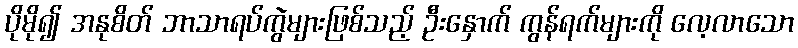
ပိုမို၍ အနုစိတ် ဘာသာရပ်ကွဲများဖြစ်သည့် ဦးနှောက် ကွန်ရက်များကို လေ့လာသော